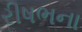
રીષભના